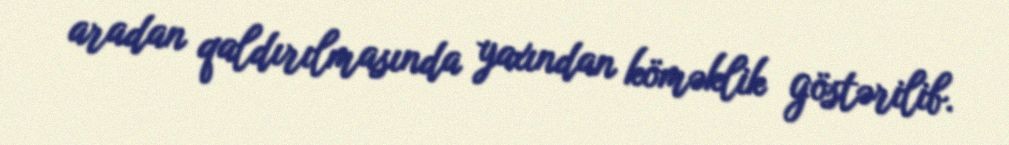
aradan qaldırılmasında yaxından köməklik göstərilib.